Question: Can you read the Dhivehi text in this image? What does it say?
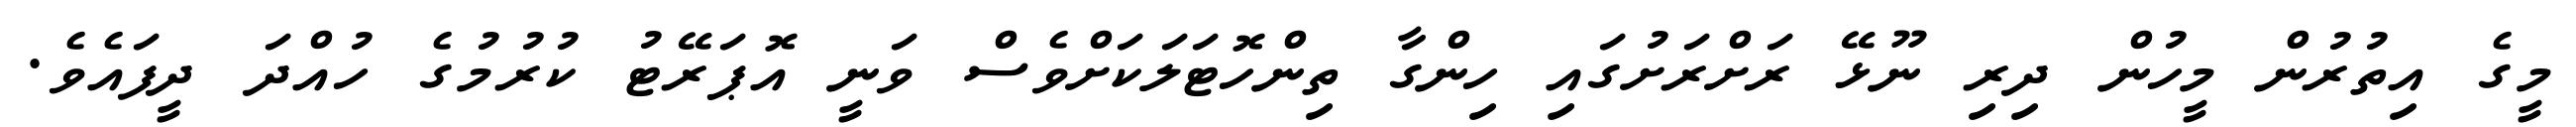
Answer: މީގެ އިތުރުން މީހުން ދިރި ނޫޅޭ ރަށްރަށުގައި ހިންގާ ތިންހޮޓަލަކަށްވެސް ވަނީ އޮޕަރޭޓު ކުރުމުގެ ހުއްދަ ދީފައެވެ.